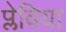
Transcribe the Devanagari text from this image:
प्लेविया